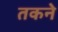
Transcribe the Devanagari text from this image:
तकने